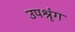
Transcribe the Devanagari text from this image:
उपश्रृंग